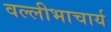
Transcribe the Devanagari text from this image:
वल्लीभाचार्य